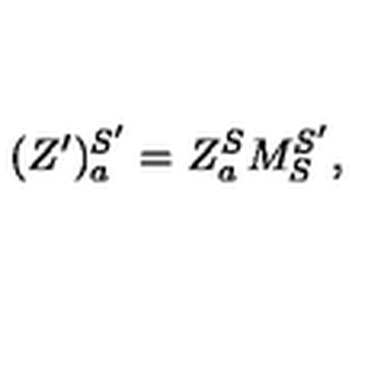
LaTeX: ( Z ^ { \prime } ) _ { a } ^ { S ^ { \prime } } = Z _ { a } ^ { S } M _ { S } ^ { S ^ { \prime } } ,